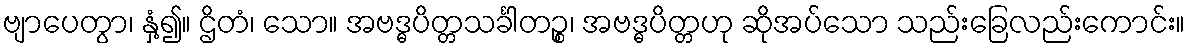
ဗျာပေတွာ၊ နှံ့၍။ ဌိတံ၊ သော။ အဗဒ္ဓပိတ္တသင်္ခါတဉ္စ၊ အဗဒ္ဓပိတ္တဟု ဆိုအပ်သော သည်းခြေလည်းကောင်း။